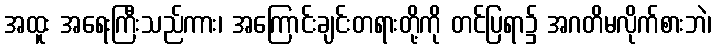
အထူး အရေးကြီးသည်ကား၊ အကြောင်းချင်းတရားတို့ကို တင်ပြရာ၌ အဂတိမလိုက်စားဘဲ၊